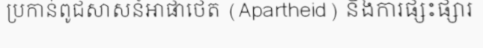
ប្រកាន់ពូជសាសន៍អាផាថេត (Apartheid) និងការផ្សះផ្សារ